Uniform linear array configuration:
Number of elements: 4
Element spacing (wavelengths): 0.75
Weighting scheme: exponential
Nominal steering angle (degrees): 15
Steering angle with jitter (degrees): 14.745
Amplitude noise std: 0.05
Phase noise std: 0.05

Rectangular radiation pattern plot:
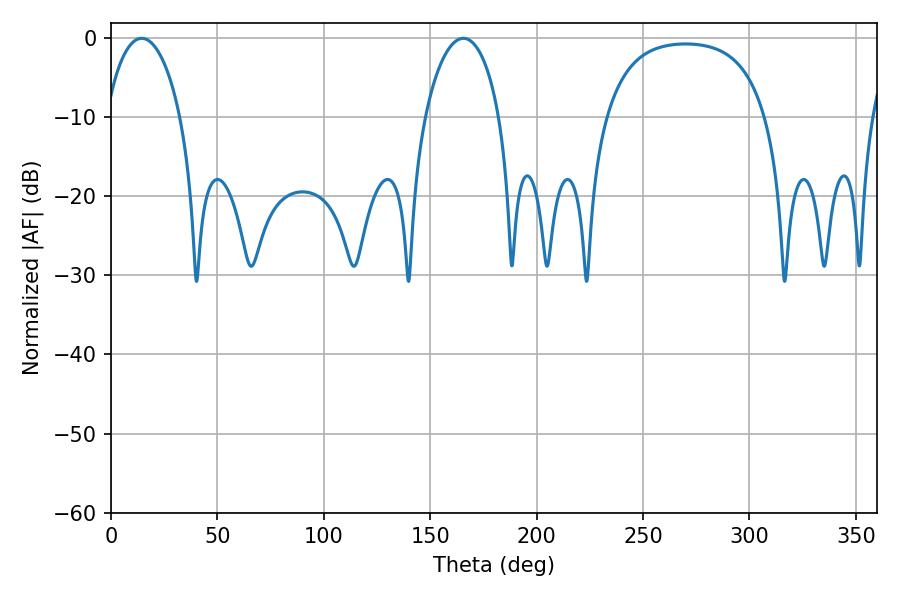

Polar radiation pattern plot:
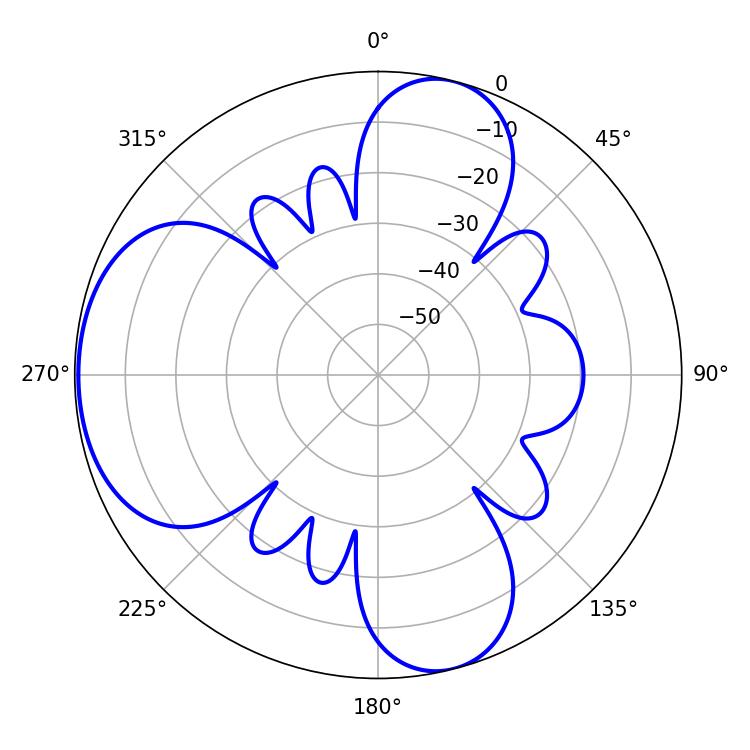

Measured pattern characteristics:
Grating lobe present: TRUE
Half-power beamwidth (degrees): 19.98
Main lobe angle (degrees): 14.4